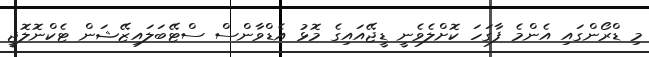
މި ޑްރޯންގައި އެންމެ ފާގަހަ ކޮށްލެވެނީ ޑީޖޭއައިގެ މޮޅު އެޑްވާންސް ސްޓޭބަލައިޒޭޝަން ޓެކްނޮލޮޖީ